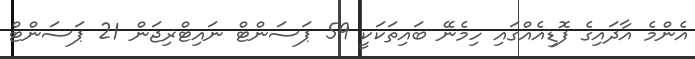
އެންމެ އާދައިގެ ފޮޑިއެއްގައި ހިމެނޭ ބައިތަކަކީ 59 ޕަސަންޓް ނައިޓްރިޖަން 21 ޕަސަންޓް